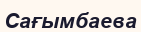
Сағымбаева